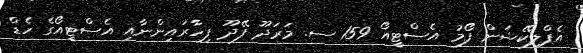
އެޕްލިކޭޝަން ފޯމު އެސްޓީއޯ 159 ސ. މަރަދޫ ފޭދޫ ފިހާރައިންނާއި އެސްޓީއޯގެ ހެޑް